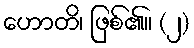
ဟောတိ၊ ဖြစ်၏။ (၂)